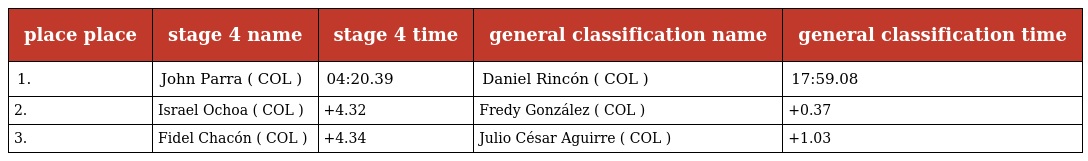
| place place | stage 4 name | stage 4 time | general classification name | general classification time |
 | --- | --- | --- | --- | --- |
 | 1. | John Parra ( COL ) | 04:20.39 | Daniel Rincón ( COL ) | 17:59.08 |
 | 2. | Israel Ochoa ( COL ) | +4.32 | Fredy González ( COL ) | +0.37 |
 | 3. | Fidel Chacón ( COL ) | +4.34 | Julio César Aguirre ( COL ) | +1.03 |